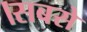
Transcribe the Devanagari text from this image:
।सबसे